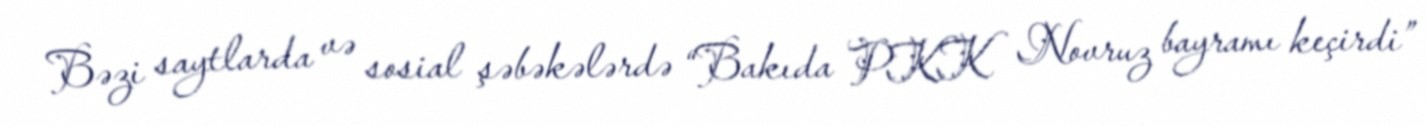
Bəzi saytlarda və sosial şəbəkələrdə “Bakıda PKK Novruz bayramı keçirdi”